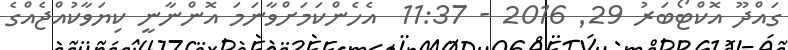
ގައްދޫ އޮކްޓޯބަރު 29